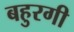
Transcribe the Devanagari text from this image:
बहुरगी